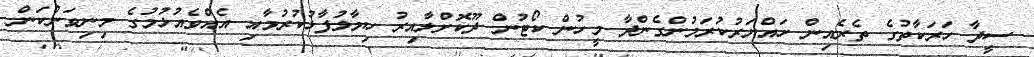
ސީދާ ހަރަކާތުގެ ތެރެއިން ހައްޔަރުކުރަމުންގެންދާ މީހުން ކޯޓުން ދޫކޮށްލާއިރު ހިޔާލުފާޅުކުރުމާއި އެއްވެއުޅުމުގެ މިނިވަންކަން